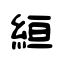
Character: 絙